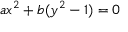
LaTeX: a x ^ { 2 } + b ( y ^ { 2 } - 1 ) = 0